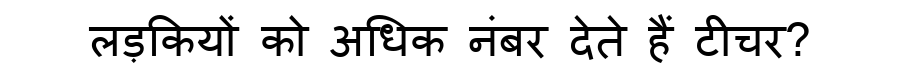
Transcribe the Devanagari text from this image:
लड़कियों को अधिक नंबर देते हैं टीचर?